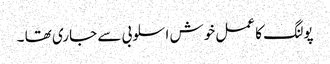
پولنگ کا عمل خوش اسلوبی سے جاری تھا ۔